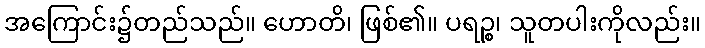
အကြောင်း၌တည်သည်။ ဟောတိ၊ ဖြစ်၏။ ပရဉ္စ၊ သူတပါးကိုလည်း။